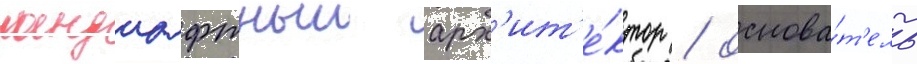
ландшафтныи арх'ит'е́ктор / основа́т'ель